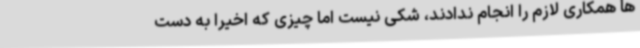
ها همکاری لازم را انجام ندادند، شکی نیست اما چیزی که اخیرا به دست